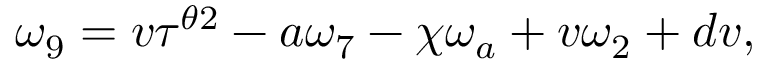
\omega _ { 9 } = v \tau ^ { \theta 2 } - a \omega _ { 7 } - \chi \omega _ { a } + v \omega _ { 2 } + d v ,